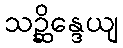
သဉ္ဆိန္ဒေယျ